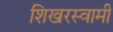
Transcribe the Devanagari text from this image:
शिखरस्वामी